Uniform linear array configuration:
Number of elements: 24
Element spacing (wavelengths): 0.75
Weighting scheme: cosine
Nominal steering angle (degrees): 45
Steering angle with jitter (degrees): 44.174
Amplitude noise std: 0.05
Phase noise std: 0.05

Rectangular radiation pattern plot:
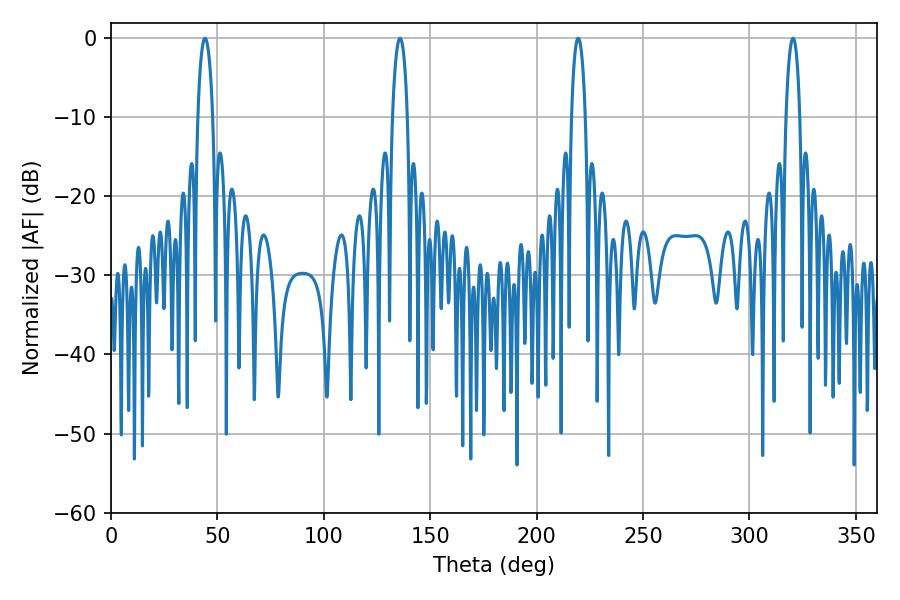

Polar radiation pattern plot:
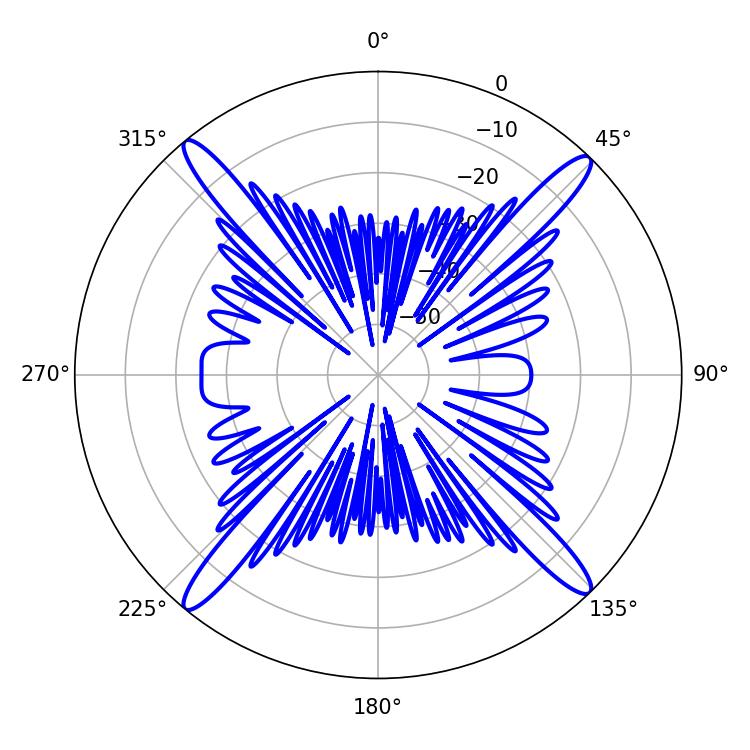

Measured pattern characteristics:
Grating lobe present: TRUE
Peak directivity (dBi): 21.057
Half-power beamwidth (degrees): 3.96
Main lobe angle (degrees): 44.1